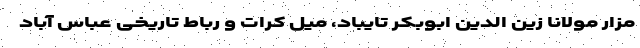
مزار مولانا زین الدین ابوبکر تایباد، میل کرات و رباط تاریخی عباس آباد